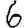
Digit: 6